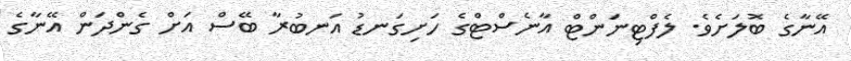
އޭނާގެ ބޮލަށެވެ. ލެފްޓިނަންޓް އާނެސްޓްގެ ހަށިގަނޑު އަނބުރާ ބޭސް އަށް ގެންދަން އޭނާގެ